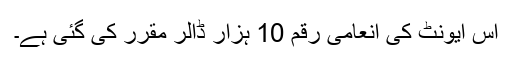
اس ایونٹ کی انعامی رقم 10 ہزار ڈالر مقرر کی گئی ہے۔